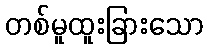
တစ်မူထူးခြားသော